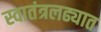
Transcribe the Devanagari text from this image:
स्वातंत्रलढ्यात